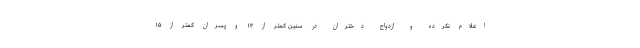
اعلام نکرده و ازدواج دختران در سنین کمتر از ۱۳ و پسران کمتر از ۱۵